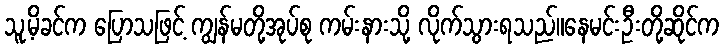
သူ့မိခင်က ပြောသဖြင့် ကျွန်မတို့အုပ်စု ကမ်းနားသို့ လိုက်သွားရသည်။နေမင်းဦးတို့ဆိုင်က